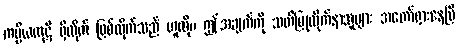
ကပ္ပိယကုဋိ ရှိထိုက် ဖြစ်ထိုက်သည် ဟူလို။ ဤအချက်ကို သတိပြုလိုက်နာသူများ အတော်ရှားနေပြီ